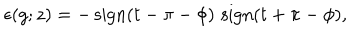
\epsilon ( g ; z ) = - \, \mathrm { s i g n } ( t - \pi - \phi ) \, \, \mathrm { s i g n } ( t + \pi - \phi ) ,